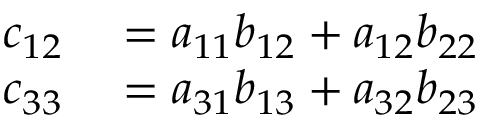
\begin{array} { r l } { c _ { 1 2 } } & { { } = { a _ { 1 1 } } { b _ { 1 2 } } + { a _ { 1 2 } } { b _ { 2 2 } } } \\ { c _ { 3 3 } } & { { } = { a _ { 3 1 } } { b _ { 1 3 } } + { a _ { 3 2 } } { b _ { 2 3 } } } \end{array}